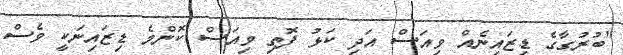
"ބުރުގާގެ ޑިޒައިނެއް ވިއަސް އަދި ކަޅު ފޮތި ވިއަސް ކޮންމެ ޑިޒައިނަކީ ވެސް